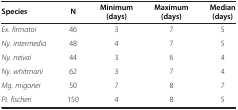
| Species | N | Minimum (days) | Maximum (days) | Median (days) |
 | --- | --- | --- | --- | --- |
 | Ex. firmatoi | 46 | 3 | 7 | 5 |
 | Ny. intermedia | 48 | 4 | 7 | 5 |
 | Ny. neivai | 44 | 3 | 6 | 4 |
 | Ny. whitmani | 62 | 3 | 7 | 4 |
 | Mg. migonei | 50 | 7 | 8 | 7 |
 | Pi. fischeri | 150 | 4 | 8 | 5 |